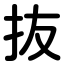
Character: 抜